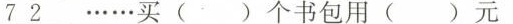
72 ……买()个书包用()元